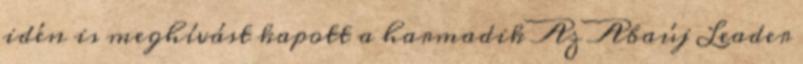
idén is meghívást kapott a harmadik Az Abaúj Leader